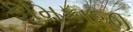
કામકાજી